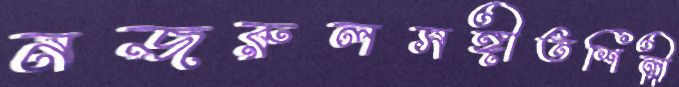
নজরুলসঙ্গীতশিল্পী